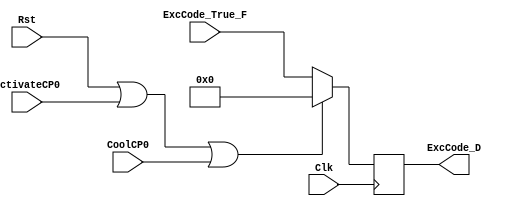
`timescale 1ns / 1ps
//////////////////////////////////////////////////////////////////////////////////
// Company: 
// Engineer: 
// 
// Design Name: 
// Module Name:    IF_ID_IntExc 
// Project Name: 
// Target Devices: 
// Tool versions: 
// Description: 
//
// Dependencies: 
//
// Revision: 
// Revision 0.01 - File Created
// Additional Comments: 
//
//////////////////////////////////////////////////////////////////////////////////
module IF_ID_IntExc(
	input[4:0] ExcCode_True_F,
	output reg[4:0] ExcCode_D,
	input Clk,
	input Rst,
	input ActivateCP0,
	input CoolCP0
    );
	always@(posedge Clk)begin
		if(Rst||ActivateCP0||CoolCP0)begin
			ExcCode_D <= 5'b0;
		end
		else begin
			ExcCode_D <= ExcCode_True_F;
		end
	end

endmodule